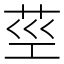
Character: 𦮨